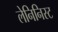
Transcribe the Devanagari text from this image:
लेनिनिस्ट